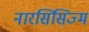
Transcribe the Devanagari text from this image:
नारसिसिज्म